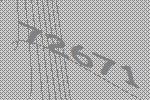
72671